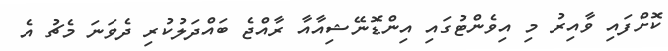
ކޮށްފައި ވާއިރު މި އިވެންޓުގައި އިންޑޮނޭޝިއާއާ ރާއްޖެ ބައްދަލުކުރި ދެވަނަ މެޗު އެ